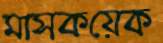
মাসকয়েক